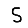
Digit: 5